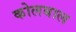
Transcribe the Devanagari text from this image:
कोलबाल